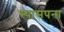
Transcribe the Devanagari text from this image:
स्थासपना